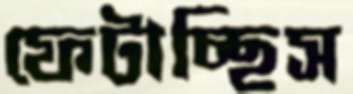
ফেটাচ্ছিস